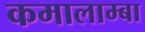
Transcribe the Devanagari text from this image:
कमालाम्बा